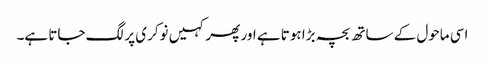
اسی ماحول کے ساتھ بچہ بڑا ہوتا ہے اور پھر کہیں نوکری پر لگ جاتا ہے۔